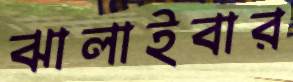
ঝালাইবার